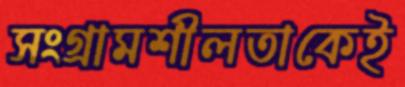
সংগ্রামশীলতাকেই